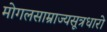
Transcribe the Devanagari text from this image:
मोगलसाम्राज्यसूत्रधारो